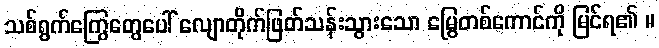
သစ်ရွက်ကြွေတွေပေါ် လျောတိုက်ဖြတ်သန်းသွားသော မြွေတစ်ကောင်ကို မြင်ရ၏ ။